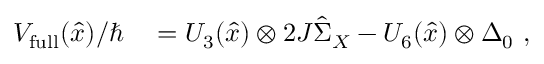
\begin{array} { r l } { V _ { \mathrm { f u l l } } ( \hat { x } ) / \hbar } & { { } = U _ { 3 } ( \hat { x } ) \otimes 2 J \hat { \Sigma } _ { X } - U _ { 6 } ( \hat { x } ) \otimes \Delta _ { 0 } \ , } \end{array}